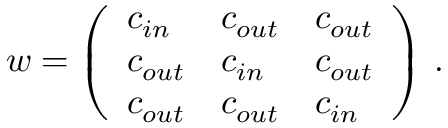
w = \left( \begin{array} { l l l } { c _ { i n } } & { c _ { o u t } } & { c _ { o u t } } \\ { c _ { o u t } } & { c _ { i n } } & { c _ { o u t } } \\ { c _ { o u t } } & { c _ { o u t } } & { c _ { i n } } \end{array} \right) \, .